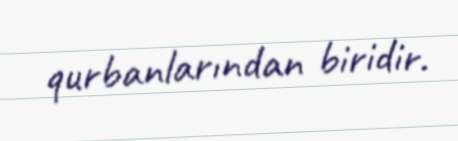
qurbanlarından biridir.